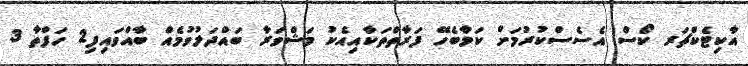
އާކިޓެކްޗަރ ކޯސް އެސެސްކުރުމަށް ކަމާބެހޭ ފަރާތްތަކާއިއެކު މަޝްވަރާ ބައްދަލުވުމެއް ބާއްވައިފި2 ހަފްތާ 3